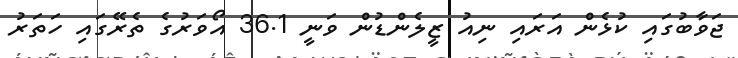
ޖަވާބުގައި ކުޅެން އަރައި ނިއު ޒީލެންޑުން ވަނީ 36.1 އޯވަރުގެ ތެރޭގައި ހަތަރު